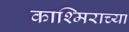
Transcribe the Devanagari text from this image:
काश्मिराच्या